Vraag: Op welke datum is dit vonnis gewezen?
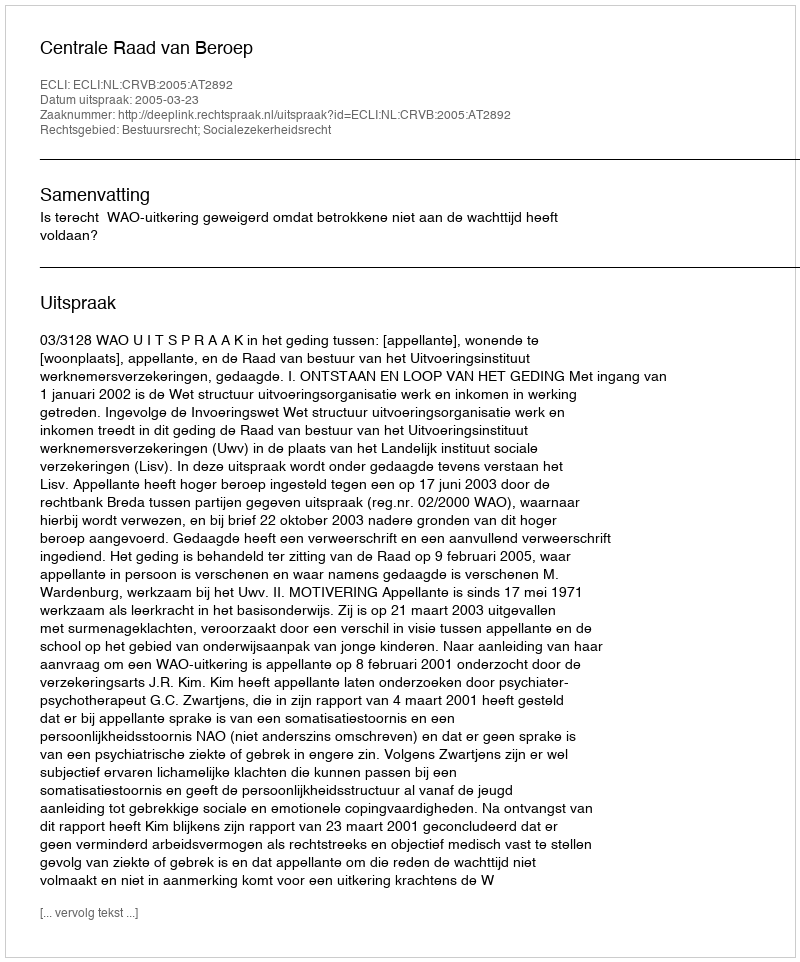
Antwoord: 2005-03-23